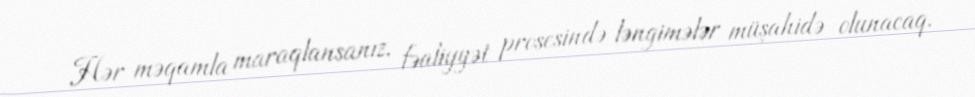
Hər məqamla maraqlansanız, fəaliyyət prosesində ləngimələr müşahidə olunacaq.